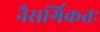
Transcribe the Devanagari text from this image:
नैसर्गिकतः